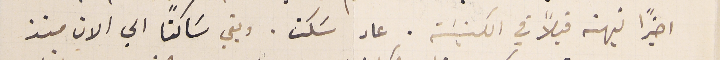
اخيرًا نبهته قبلاً في الكنيسَة. عاد سَكت. وبقي سَاكتًا الي الان منذ